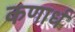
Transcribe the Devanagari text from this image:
कणार्ध